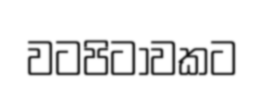
වටපිටාවකට